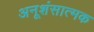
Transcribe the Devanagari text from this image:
अनूशंसात्मक